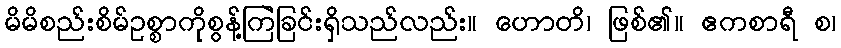
မိမိစည်းစိမ်ဥစ္စာကိုစွန့်ကြဲခြင်းရှိသည်လည်း။ ဟောတိ၊ ဖြစ်၏။ ဧကစာရီ စ၊